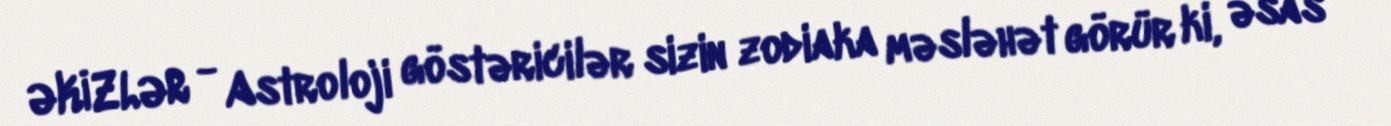
ƏKİZLƏR - Astroloji göstəricilər sizin zodiaka məsləhət görür ki, əsas